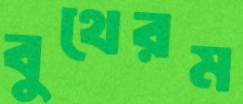
বুথেরম